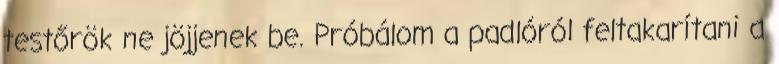
testőrök ne jöjjenek be. Próbálom a padlóról feltakarítani a